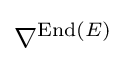
\nabla ^{\operatorname {End} (E)}